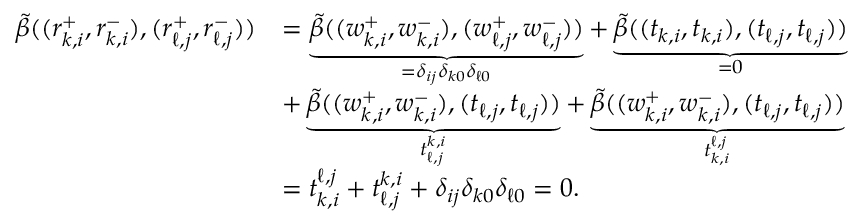
\begin{array} { r l } { \widetilde { \beta } ( ( r _ { k , i } ^ { + } , r _ { k , i } ^ { - } ) , ( r _ { \ell , j } ^ { + } , r _ { \ell , j } ^ { - } ) ) } & { = \underbrace { \widetilde { \beta } ( ( w _ { k , i } ^ { + } , w _ { k , i } ^ { - } ) , ( w _ { \ell , j } ^ { + } , w _ { \ell , j } ^ { - } ) ) } _ { = \delta _ { i j } \delta _ { k 0 } \delta _ { \ell 0 } } + \underbrace { \widetilde { \beta } ( ( t _ { k , i } , t _ { k , i } ) , ( t _ { \ell , j } , t _ { \ell , j } ) ) } _ { = 0 } } \\ & { + \underbrace { \widetilde { \beta } ( ( w _ { k , i } ^ { + } , w _ { k , i } ^ { - } ) , ( t _ { \ell , j } , t _ { \ell , j } ) ) } _ { t _ { \ell , j } ^ { k , i } } + \underbrace { \widetilde { \beta } ( ( w _ { k , i } ^ { + } , w _ { k , i } ^ { - } ) , ( t _ { \ell , j } , t _ { \ell , j } ) ) } _ { t _ { k , i } ^ { \ell , j } } } \\ & { = t _ { k , i } ^ { \ell , j } + t _ { \ell , j } ^ { k , i } + \delta _ { i j } \delta _ { k 0 } \delta _ { \ell 0 } = 0 . } \end{array}